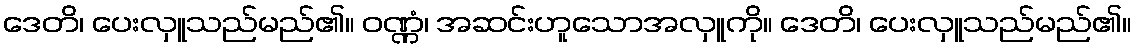
ဒေတိ၊ ပေးလှူသည်မည်၏။ ဝဏ္ဏံ၊ အဆင်းဟူသောအလှူကို။ ဒေတိ၊ ပေးလှူသည်မည်၏။